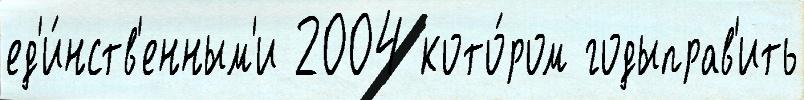
ед'и́нств'енным'и 2004 кото́ром годыправ'ить